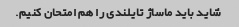
شاید باید ماساژ تایلندی را هم امتحان کنیم.